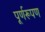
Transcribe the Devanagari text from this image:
पूर्णरूपण